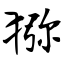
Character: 猕